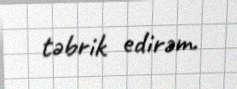
təbrik edirəm.